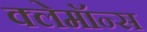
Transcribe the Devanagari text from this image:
क्लेमॉन्स